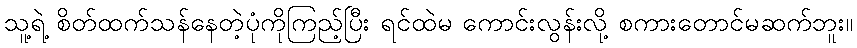
သူ့ရဲ့ စိတ်ထက်သန်နေတဲ့ပုံကိုကြည့်ပြီး ရင်ထဲမ ကောင်းလွန်းလို့ စကားတောင်မဆက်ဘူး။